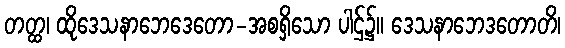
တတ္ထ၊ ထိုဒေသနာဘေဒေတော-အစရှိသော ပါဌ်၌။ ဒေသနာဘေဒတောတိ၊